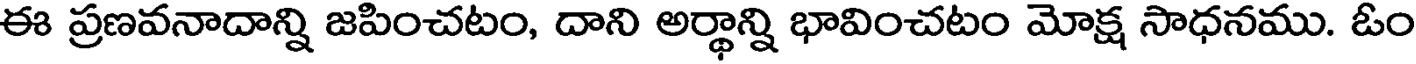
ఈ ప్రణవనాదాన్ని జపించటం, దాని అర్థాన్ని భావించటం మోక్ష సాధనము. ఓం